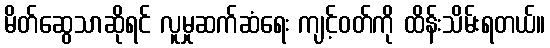
မိတ်ဆွေသာဆိုရင် လူမှုဆက်ဆံရေး ကျင့်ဝတ်ကို ထိန်းသိမ်းရတယ်။